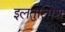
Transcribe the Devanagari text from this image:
इलतुत्मिश